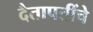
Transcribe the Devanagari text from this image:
दैतापतींचे